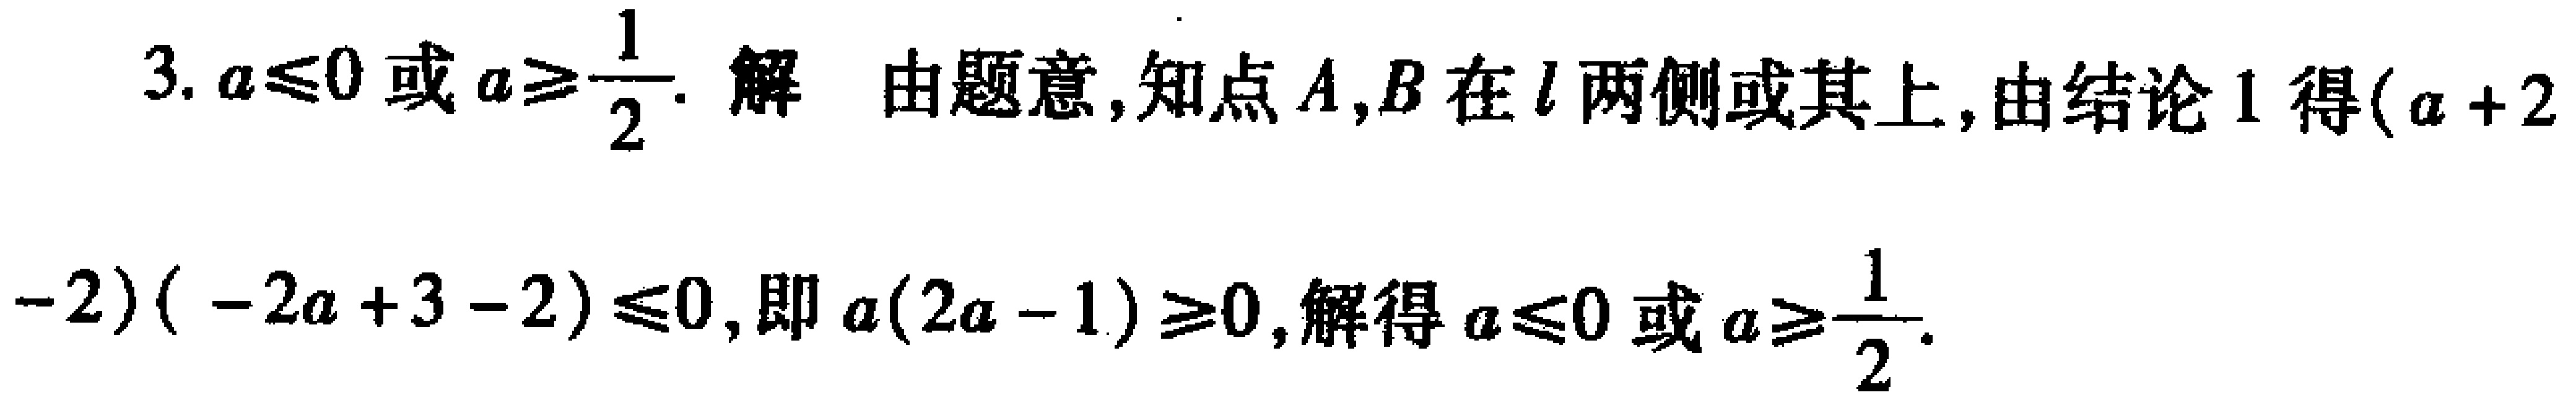
3. \(a\leqslant0\)或\(a\geqslant\frac{1}{2}\). 解 由题意, 知点\(A,B\)在\(l\)两侧或其上, 由结论 1 得\((a + 2-2)( - 2a + 3 - 2)\leqslant0\), 即\(a(2a - 1)\geqslant0\), 解得\(a\leqslant0\)或\(a\geqslant\frac{1}{2}\).